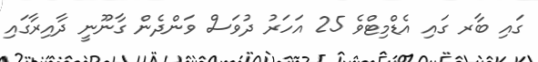
ގައި ބާރ ގައި އެޑްމިޓްވެ 25 އަހަރު ދުވަސް ވަންދެން ގާނޫނީ ދާއިރާގައި